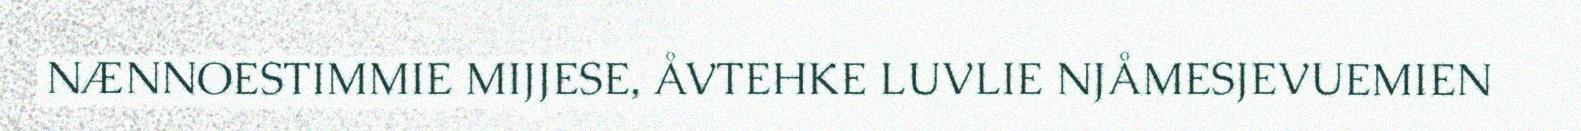
NÆNNOESTIMMIE MIJJESE, ÅVTEHKE LUVLIE NJÅMESJEVUEMIEN